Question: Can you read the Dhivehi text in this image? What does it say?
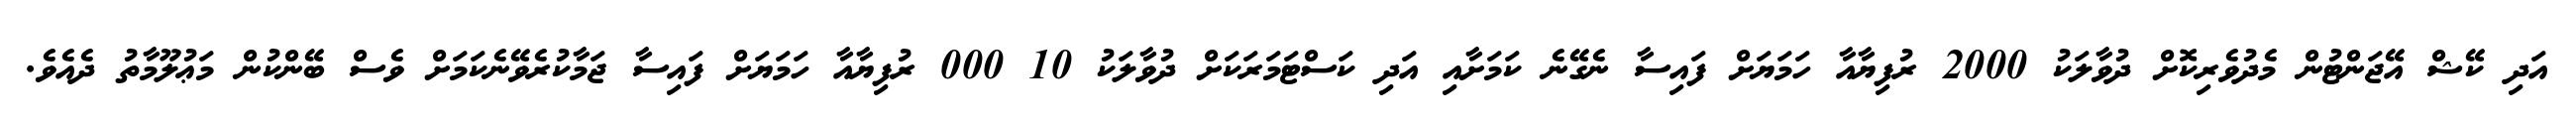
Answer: އަދި ކޭޝް އޭޖަންޓުން މެދުވެރިކޮށް ދުވާލަކު 2000 ރުފިޔާއާ ހަމަޔަށް ފައިސާ ނެގޭނެ ކަމަށާއި އަދި ކަސްޓަމަރަކަށް ދުވާލަކު 10 000 ރުފިޔާއާ ހަމަޔަށް ފައިސާ ޖަމާކުރެވޭނެކަމަށް ވެސް ބޭންކުން މަޢުލޫމާތު ދެއެވެ.